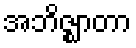
အဘိဇ္ဈာတာ